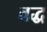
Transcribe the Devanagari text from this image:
वद्ध